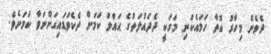
ދެވެން މިހާރު އޮތް ހަމައެކަނި މަގަކީ ދެދައުލަތުގެ ޙައްލު ކަމަށް ދެކެވަޑައިގަންނަވާ ކަމަށެވެ.